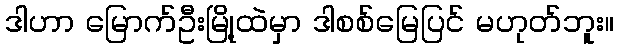
ဒါဟာ မြောက်ဦးမြို့ထဲမှာ ဒါစစ်မြေပြင် မဟုတ်ဘူး။